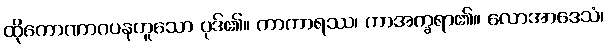
ထိုကောဏာဂပနဟူသော ပုဒ်၏။ ကာကာရဿ၊ ကာအက္ခရာ၏။ လောအာဒေသံ၊